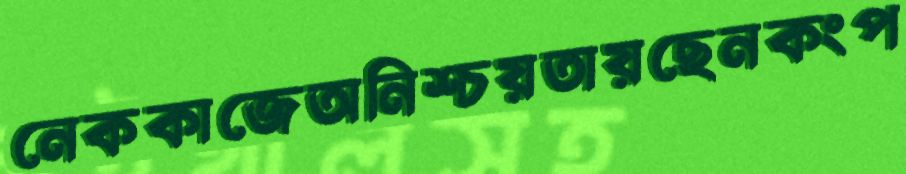
নেককাজেঅনিশ্চয়তায়ছেনকংপ